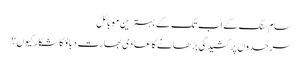
سام سنگ کے اب تک کے بہترین موبائل
سرحدوں پر کشیدگی بڑھانے کا عادی بھارت دباؤ کا شکار کیوں؟